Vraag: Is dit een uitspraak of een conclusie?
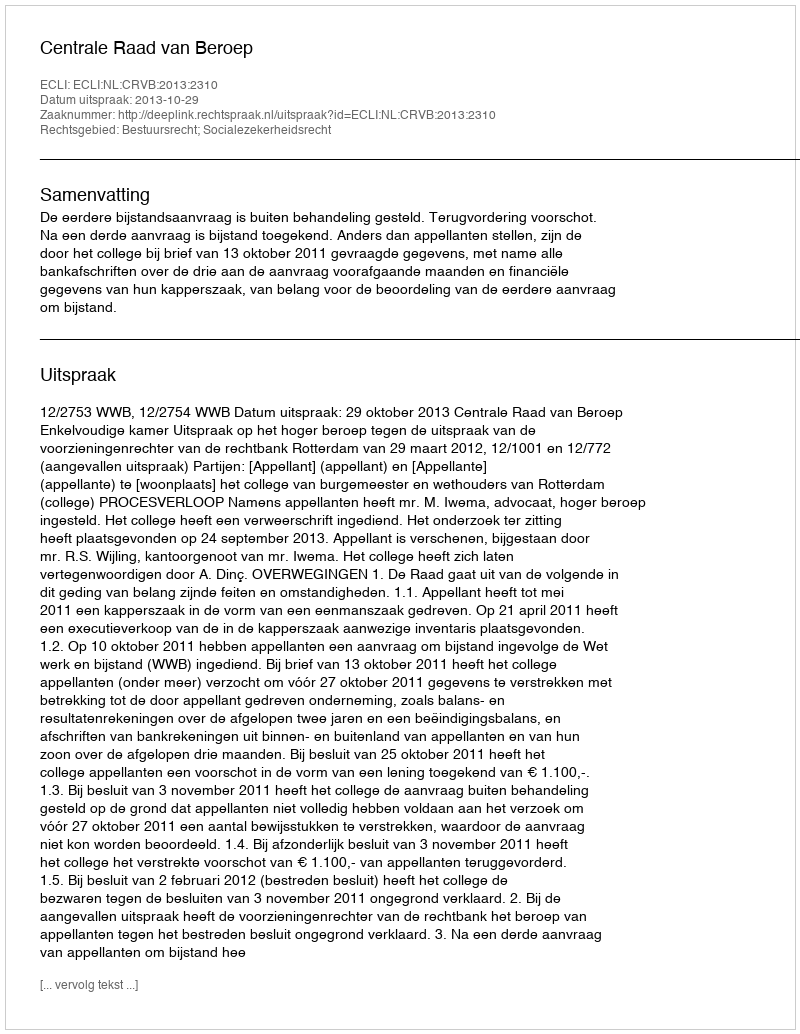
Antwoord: Uitspraak